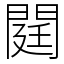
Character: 閮